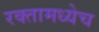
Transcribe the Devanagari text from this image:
रक्तामध्येच